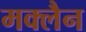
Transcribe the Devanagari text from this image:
मक्लैन